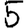
Digit: 5